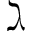
\gimel